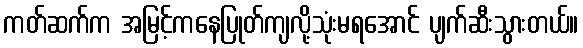
ကတ်ဆက်က အမြင့်ကနေပြုတ်ကျလို့သုံးမရအောင် ပျက်ဆီးသွားတယ်။